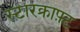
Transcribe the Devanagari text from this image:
स्टारक्राफ़्ट